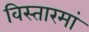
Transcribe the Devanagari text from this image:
विस्तारमां